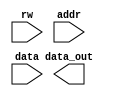
`timescale 1ns / 1ps
//////////////////////////////////////////////////////////////////////////////////
// Company: 
// Engineer: 
// 
// Design Name: 
// Module Name:    bus 
// Project Name: 
// Target Devices: 
// Tool versions: 
// Description: 
//
// Dependencies: 
//
// Revision: 
// Revision 0.01 - File Created
// Additional Comments: 
//
//////////////////////////////////////////////////////////////////////////////////
module bus(
    input rw, 
    input [11:0] addr,
    input [11:0] data,
    output [24:0] data_out 
    );
assign data_out = {rw,addr,data_out};

endmodule